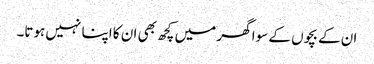
ان کے بچوں کے سوا گھر میں کچھ بھی ان کا اپنا نہیں ہوتا۔